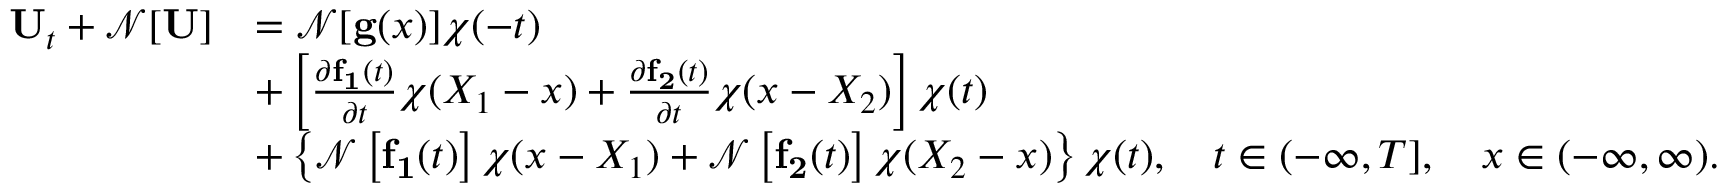
\begin{array} { r l } { { \bf U } _ { t } + \mathcal { N } [ { \bf U } ] } & { = \mathcal { N } [ { \bf g } ( { x } ) ] \chi ( - t ) } \\ & { + \left[ \frac { \partial { \bf f _ { 1 } } ( t ) } { \partial t } \chi ( X _ { 1 } - x ) + \frac { \partial { \bf f _ { 2 } } ( t ) } { \partial t } \chi ( x - X _ { 2 } ) \right] \chi ( t ) } \\ & { + \left\{ \mathcal { N } \left[ { \bf f _ { 1 } } ( t ) \right] \chi ( x - X _ { 1 } ) + \mathcal { N } \left[ { \bf f _ { 2 } } ( t ) \right] \chi ( X _ { 2 } - x ) \right\} \chi ( t ) , \quad t \in ( - \infty , T ] , \quad x \in ( - \infty , \infty ) . } \end{array}